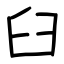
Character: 臼